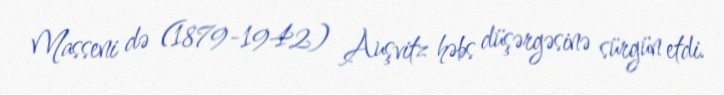
Masseni də (1879-1942) Auşvitz həbs düşərgəsinə sürgün etdi.